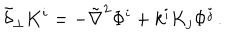
LaTeX: \tilde { \delta } _ { \perp } K ^ { i } = - \tilde { \nabla } ^ { 2 } \Phi ^ { i } + k ^ { i } K _ { j } \Phi ^ { j } \, .